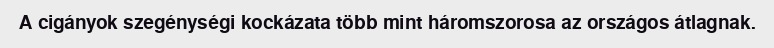
A cigányok szegénységi kockázata több mint háromszorosa az országos átlagnak.